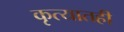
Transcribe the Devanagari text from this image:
कृत्यातही